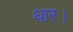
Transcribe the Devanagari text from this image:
धार।